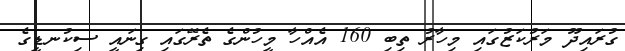
ގުރައިދޫ މަރުކަޒުގައި މިހާރު ތިބި 160 އެއްހާ މީހުންގެ ތެރޭގައި ގިނައީ ސިކުނޑީގެ